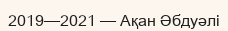
2019—2021 — Ақан Әбдуәлі